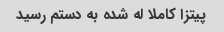
پیتزا کاملا له شده به دستم رسید